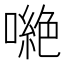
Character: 𠾼